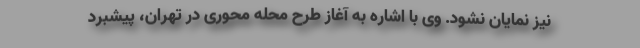
نیز نمایان نشود. وی با اشاره به آغاز طرح محله محوری در تهران، پیشبرد